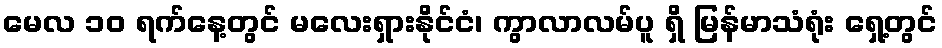
မေလ ၁၀ ရက်နေ့တွင် မလေးရှားနိုင်ငံ၊ ကွာလာလမ်ပူ ရှိ မြန်မာသံရုံး ရှေ့တွင်